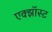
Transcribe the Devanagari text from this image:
एक्झॉस्ट